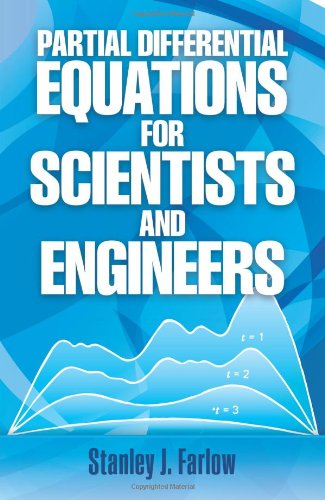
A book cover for Partial Differential Equations for Scientists and Engineers (Dover Books on Mathematics); Stanley J. Farlow; Engineering & Transportation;